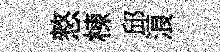
憗棟邱浪